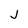
Character: J